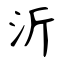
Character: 沂